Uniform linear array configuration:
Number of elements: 64
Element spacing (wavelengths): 0.25
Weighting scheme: hamming
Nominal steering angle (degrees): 60
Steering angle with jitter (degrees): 58.131
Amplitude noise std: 0.05
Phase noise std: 0.05

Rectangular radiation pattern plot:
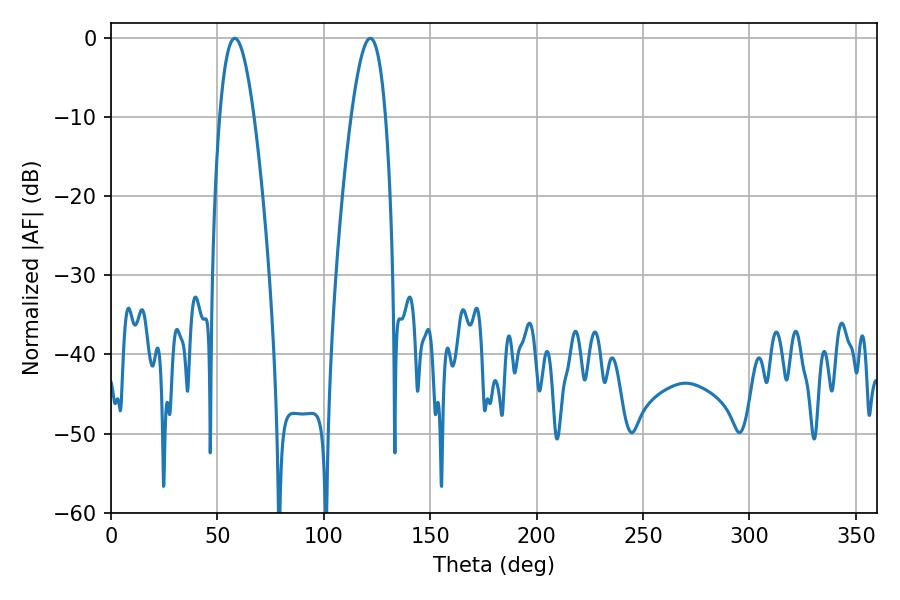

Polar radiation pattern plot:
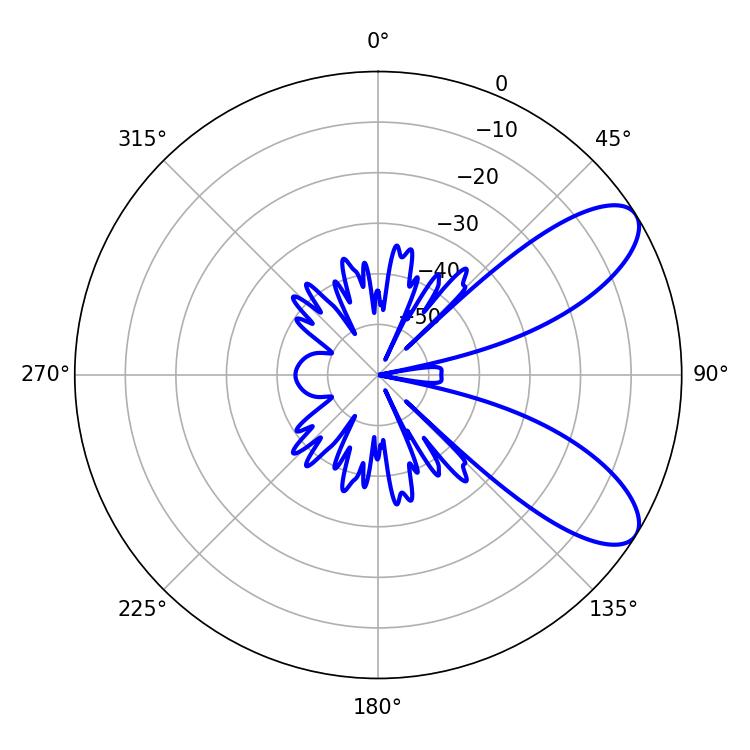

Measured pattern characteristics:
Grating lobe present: FALSE
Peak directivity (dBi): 8.48
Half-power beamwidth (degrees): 8.82
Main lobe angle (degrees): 58.14